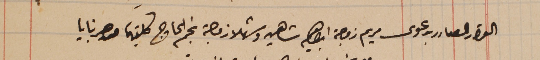
القرار الصادر بدعوى مريم زوجه ابراهيم شاهين وشهلا زوجة نجم الحاج كليتهما من جرنايا